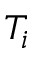
T _ { i }